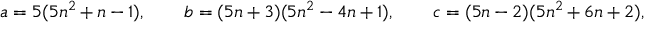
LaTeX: a = 5 ( 5 n ^ { 2 } + n - 1 ) , \quad \quad b = ( 5 n + 3 ) ( 5 n ^ { 2 } - 4 n + 1 ) , \quad \quad c = ( 5 n - 2 ) ( 5 n ^ { 2 } + 6 n + 2 ) ,